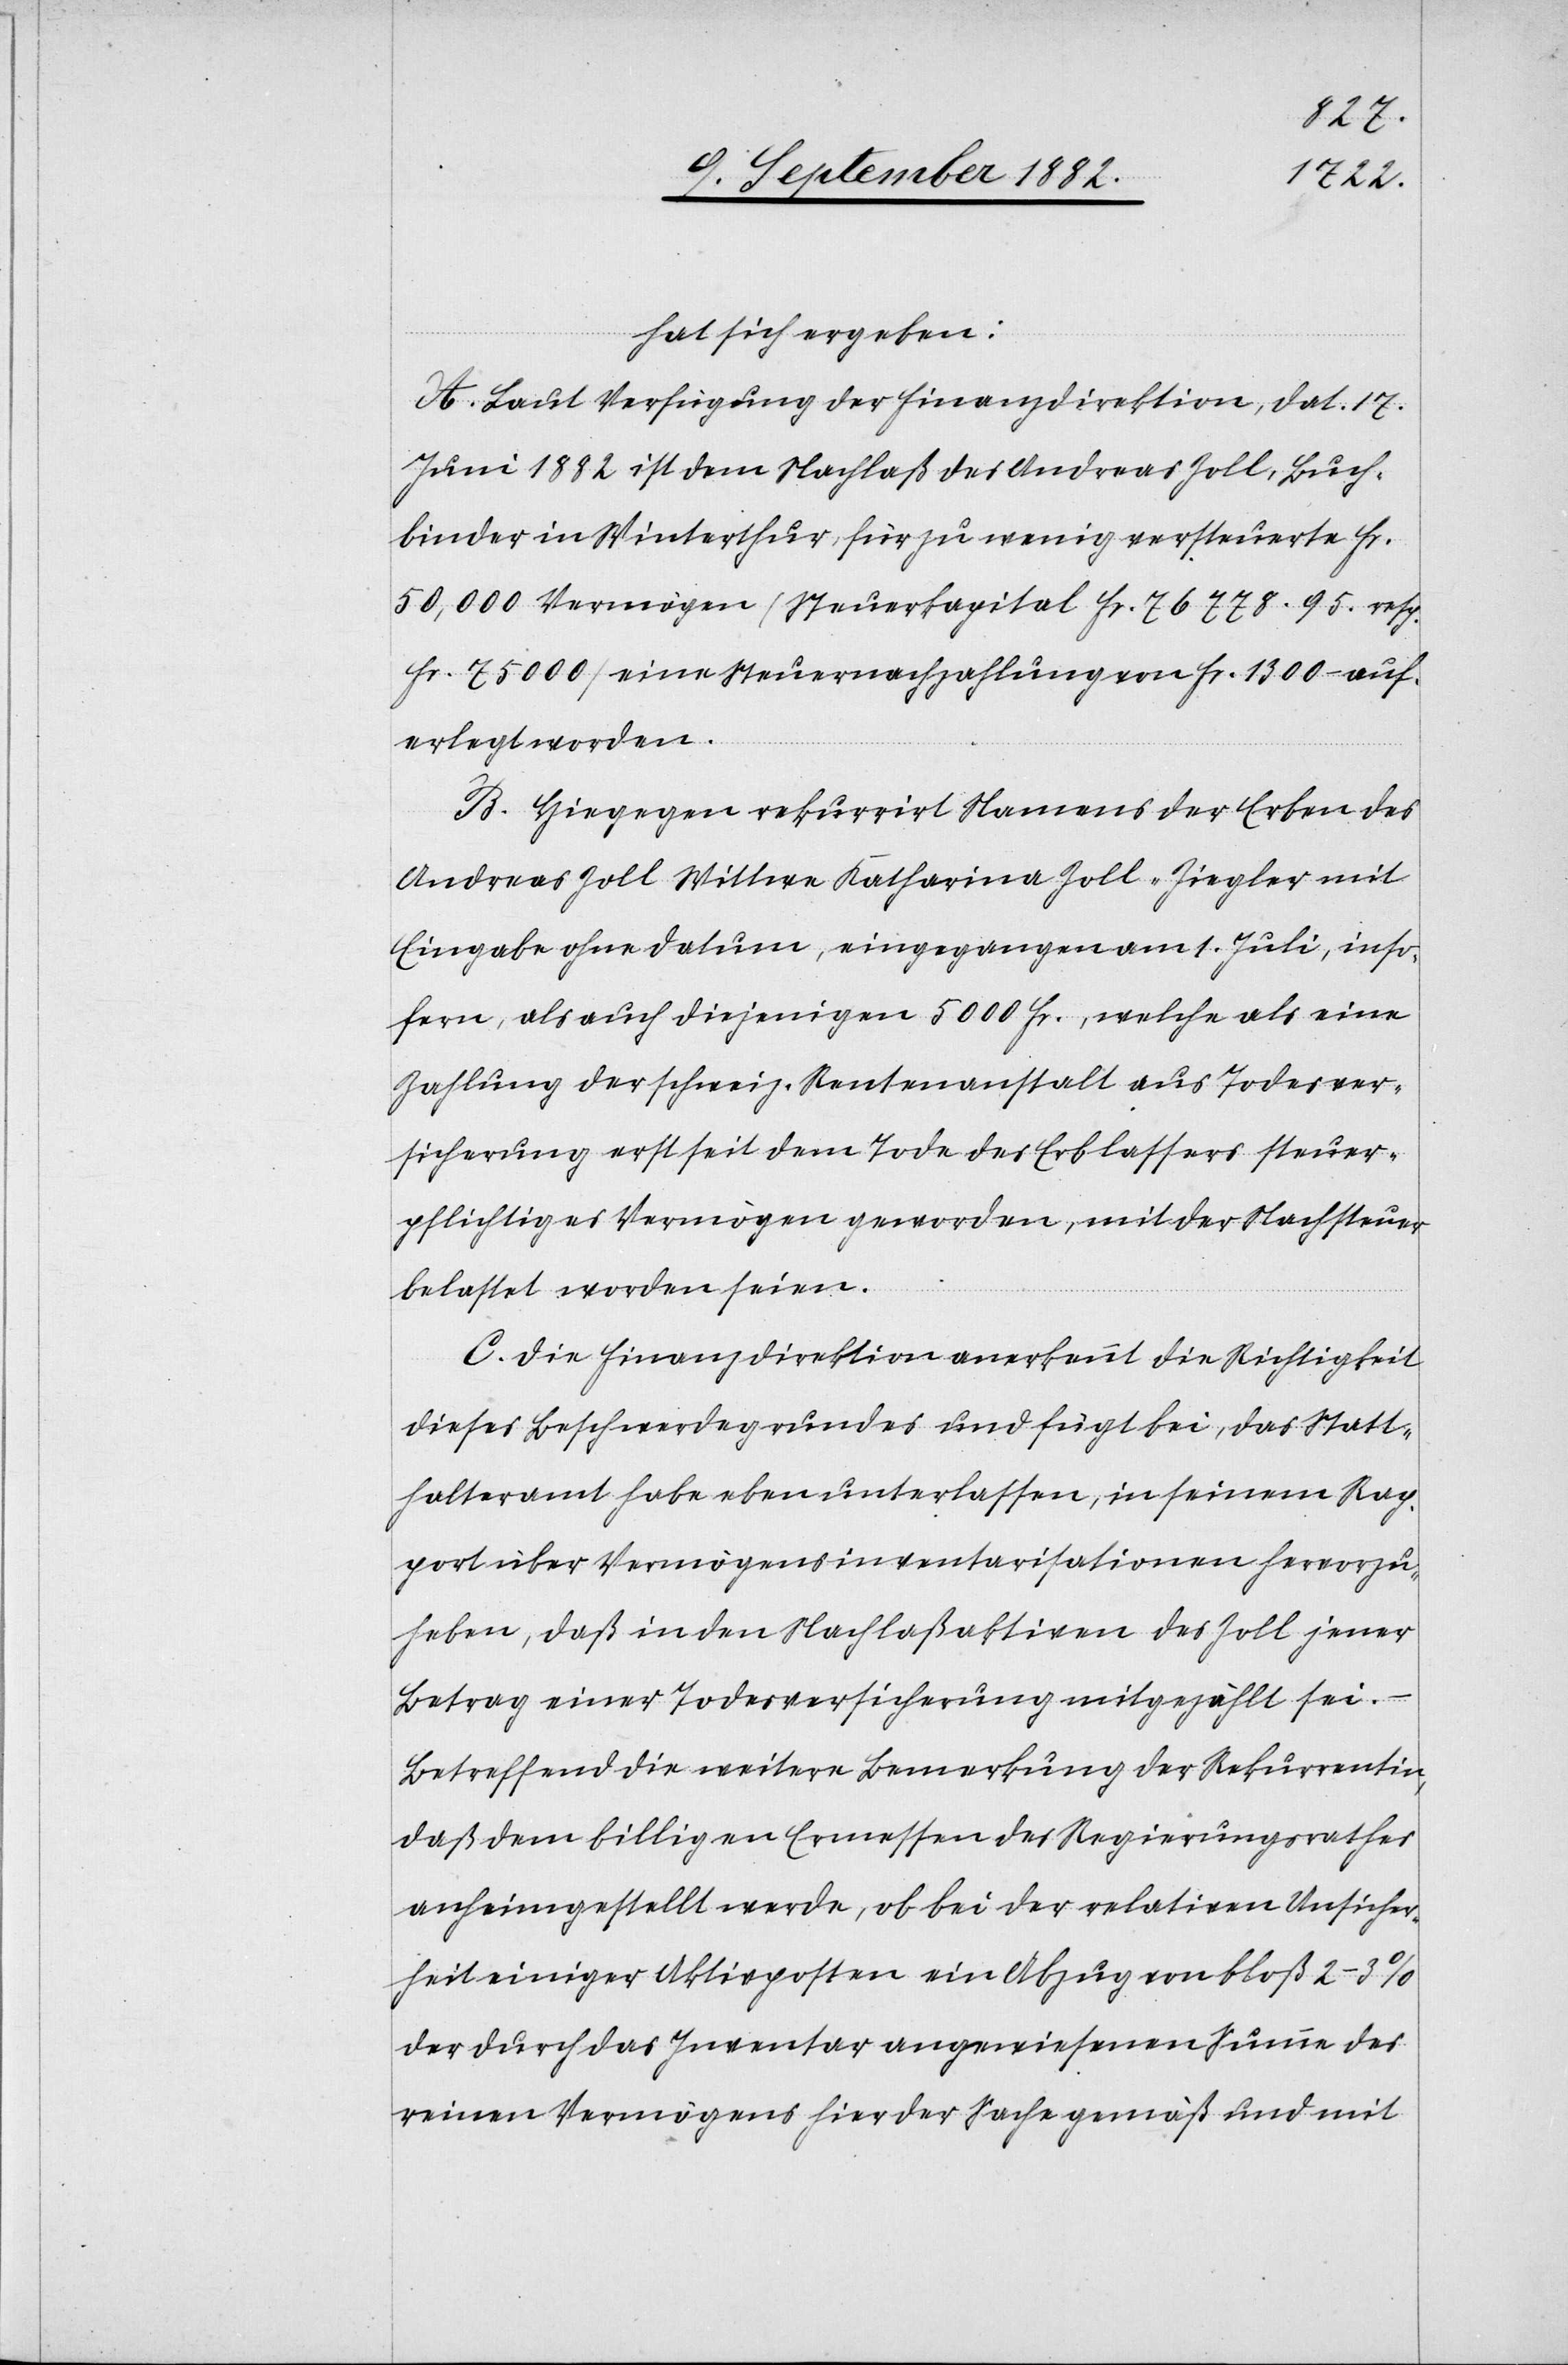
hat sich ergeben:
A. Laut Verfügung der Finanzdirektion, dat. 17.
Juni 1882 ist dem Nachlaß des Andreas Zoll, Buch¬
binder in Winterthur, für zu wenig versteuerte Fr.
50,000 Vermögen (Steuerkapital Fr. 76 778.95. resp.
Fr. 75000) eine Steuernachzahlung von Fr. 1300 – auf¬
erlegt worden.
B. Hiegegen rekurrirt Namens der Erben des
Andreas Zoll Wittwe Katharina Zoll-Ziegler mit
Eingabe ohne Datum, eingegangen am 1. Juli, inso¬
fern, als auch diejenigen 5000 Fr., welche als eine
Zahlung der schweiz. Rentenanstalt aus Todesver¬
sicherung erst seit dem Tode des Erblassers steuer¬
pflichtiges Vermögen geworden, mit der Nachtsteuer
belastet worden seien.
C. Die Finanzdirektion anerkennt die Richtigkeit
dieses Beschwerdegrundes und fügt bei, das Statt¬
halteramt habe eben unterlassen, in seinem Rap¬
port über Vermögensinventarisationen hervorzu¬
heben, daß in den Nachlaßaktiven des Zoll jener
Betrag einer Todesversicherung mitgezählt sei.
Betreffend die weitere Bemerkung der Rekurrentin,
daß dem billigen Ermessen des Regierungsrathes
anheim gestellt werde, ob bei der relativen Unsicher¬
heit einiger Aktivposten ein Abzug von bloß 2–3%
der durch das Inventar angewiesenen Summe des
reinen Vermögens hier der Sache gemäß und mit